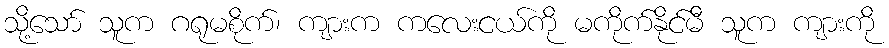
သို့သော် သူက ဂရုမစိုက်၊ ကျားက ကလေးငယ်ကို မကိုက်နိုင်မီ သူက ကျားကို